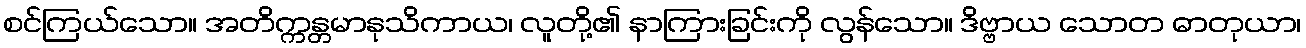
စင်ကြယ်သော။ အတိက္ကန္တမာနုသိကာယ၊ လူတို့၏ နာကြားခြင်းကို လွန်သော။ ဒိဗ္ဗာယ သောတ ဓာတုယာ၊